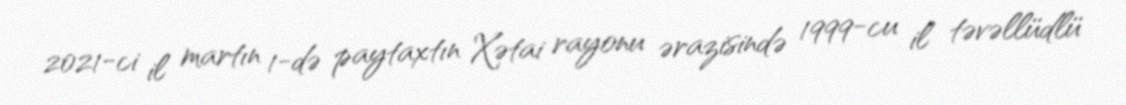
2021-ci il martın 1-də paytaxtın Xətai rayonu ərazisində 1999-cu il təvəllüdlü